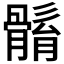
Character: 𩩼